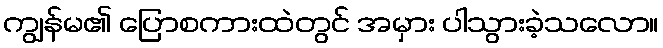
ကျွန်မ၏ ပြောစကားထဲတွင် အမှား ပါသွားခဲ့သလော။